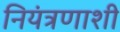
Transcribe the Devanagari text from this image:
नियंत्रणाशी